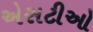
એસટીઓ